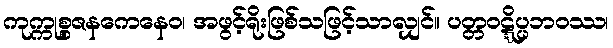
ကုက္ကုစ္စဇနကေနေဝ၊ အဖွင့်ရိုးဖြစ်သဖြင့်သာလျှင်။ ပတ္တဝဋ္ဋိပ္ပဘဝဿ၊